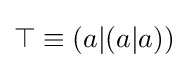
\top \equiv (a|(a|a))